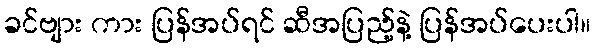
ခင်ဗျား ကား ပြန်အပ်ရင် ဆီအပြည့်နဲ့ ပြန်အပ်ပေးပါ။